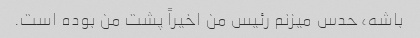
باشه، حدس میزنم رئیس من اخیراً پشت من بوده است.